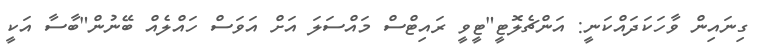
ގިނައިން ވާހަކަދައްކަނީ: އަންޗެލޮޓީ"ޓީވީ ރައިޓްސް މައްސަލަ އަށް އަވަސް ހައްލެއް ބޭނުން"ބާސާ އަކީ